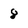
Character: 8